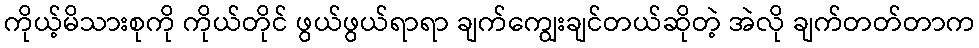
ကိုယ့်မိသားစုကို ကိုယ်တိုင် ဖွယ်ဖွယ်ရာရာ ချက်ကျွေးချင်တယ်ဆိုတဲ့ အဲလို ချက်တတ်တာက